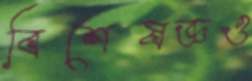
বিশেষজ্ঞও